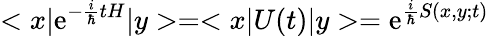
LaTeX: <x|\mathrm{e}^{-{\frac{{i}}{{\hbar}}}tH}|y>=<x|U(t)|y>=\mathrm{e}^{{\frac{{i}}{{\hbar}}}S(x,y;t)}